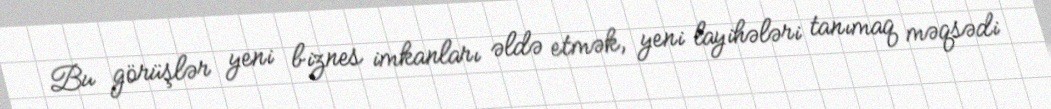
Bu görüşlər yeni biznes imkanları əldə etmək, yeni layihələri tanımaq məqsədi